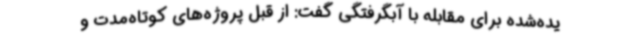
یده‌شده برای مقابله با آبگرفتگی گفت: از قبل پروژه‌های کوتاه‌مدت و